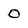
Character: 0